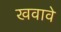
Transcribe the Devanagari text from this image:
खवावे